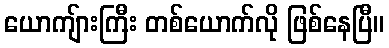
ယောကျ်ားကြီး တစ်ယောက်လို ဖြစ်နေပြီ။